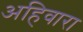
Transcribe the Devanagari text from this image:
अहिवारा